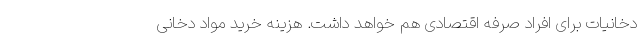
دخانیات برای افراد صرفه اقتصادی هم خواهد داشت. هزینه خرید مواد دخانی